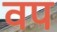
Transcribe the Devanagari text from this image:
वप